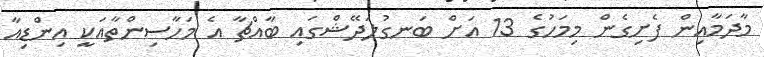
މާދަމާއިން ފެށިގެން މިމަހުގެ 13 އަށް ބަނގުލަދޭޝްގައި ބާއްޗާ އެ މަހާސިންތާއަކީ އިންޑިއާ